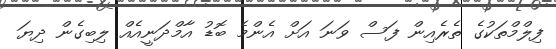
ފިލްމްތަކުގެ ތެރެއިން ފަސް ވަނަ އަށް އެންމެ ބޮޑު އާމްދަނީއެއް ލިބިގެން ދިޔަ